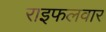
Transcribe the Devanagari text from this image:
राइफलवार